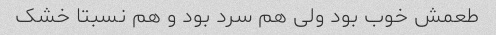
طعمش خوب بود ولی هم سرد بود و هم نسبتا خشک